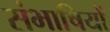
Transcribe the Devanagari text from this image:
संभाषियों